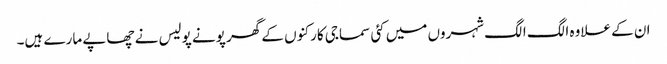
ان کے علاوہ الگ الگ شہروں میں کئی سماجی کارکنوں کے گھر پونے پولیس نے چھاپے مارے ہیں۔